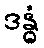
ဒန္ဓံ